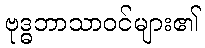
ဗုဒ္ဓဘာသာဝင်များ၏